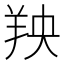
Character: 𫅐